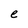
Character: e